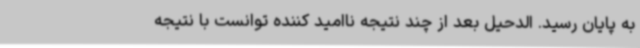
به پایان رسید. الدحیل بعد از چند نتیجه ناامید کننده توانست با نتیجه